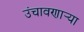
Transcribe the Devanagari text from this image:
उंचावणार्‍या